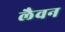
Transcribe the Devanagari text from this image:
लैवन